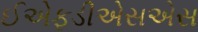
ઈએફડીએસએસ